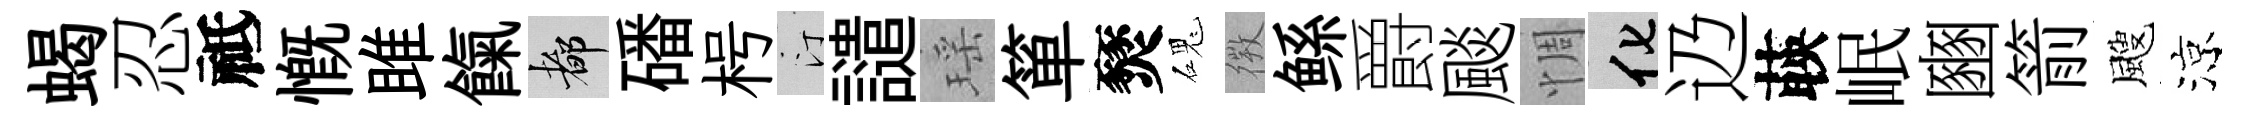
蝎忍祗慨雎餼都磻枵汀譴瑶箪燹磈𢕄鲧爵颷惆化辸𦴤岷豳箭颼涼